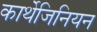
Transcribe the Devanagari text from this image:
कार्थेजिनियन